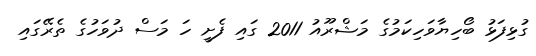
ގުޅިފަޅު ބޯހިޔާވަހިކަމުގެ މަޝްރޫއު 2011 ގައި ފެށީ ހަ މަސް ދުވަހުގެ ތެރޭގައި